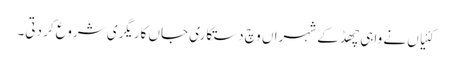
کئیاں نے واہی چھڈ کے شہراں وچ دستکاری جاں کاریگری شروع کر دتی۔